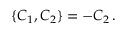
\{ { \cal C } _ { 1 } , { \cal C } _ { 2 } \} = - { \cal C } _ { 2 } \, .